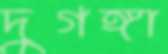
দুগঙ্গা